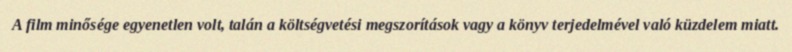
A film minősége egyenetlen volt, talán a költségvetési megszorítások vagy a könyv terjedelmével való küzdelem miatt.